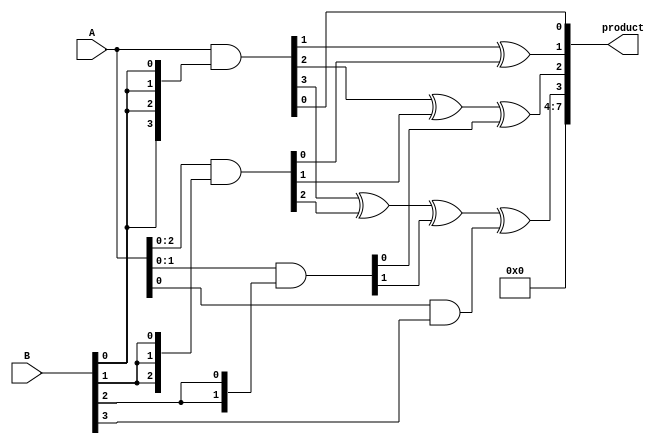
module wallace_tree_multiplier #(parameter N = 4) (
    input [N-1:0] A,
    input [N-1:0] B,
    output reg [2*N-1:0] product
);

    // Partial products generation
    wire [N-1:0] pp [0:N-1]; // Partial products
    genvar i, j;
    generate
        for (i = 0; i < N; i = i + 1) begin : gen_partial_products
            assign pp[i] = A & {N{B[i]}};
        end
    endgenerate

    // Reduction stage: Wallace Tree
    wire [N-1:0] sum [0:N-1]; // Sums from adders
    wire [N-1:0] carry [0:N-1]; // Carries from adders
    wire [N-1:0] level_sum [0:N-1]; // Intermediate sums
    wire [N-1:0] level_carry [0:N-1]; // Intermediate carries

    // Half adder
    function [1:0] half_adder(input a, input b);
        half_adder = {a & b, a ^ b}; // {carry, sum}
    endfunction

    // Full adder
    function [1:0] full_adder(input a, input b, input cin);
        full_adder = {(a & b) | (cin & (a ^ b)), a ^ b ^ cin}; // {carry, sum}
    endfunction

    // Wallace tree reduction
    integer level, j1, j2;
    always @(*) begin
        // Initialize sums and carries
        for (j1 = 0; j1 < N; j1 = j1 + 1) begin
            sum[j1] = 0;
            carry[j1] = 0;
        end

        // First level of reduction
        for (j1 = 0; j1 < N; j1 = j1 + 1) begin
            for (j2 = 0; j2 < N; j2 = j2 + 1) begin
                if (j1 + j2 < N) begin
                    {carry[j1 + j2], sum[j1 + j2]} = full_adder(sum[j1 + j2], pp[j1][j2], carry[j1 + j2]);
                end
            end
        end

        // Further levels of reduction
        for (level = 1; level < N; level = level + 1) begin
            for (j1 = 0; j1 < N; j1 = j1 + 1) begin
                for (j2 = 0; j2 < N; j2 = j2 + 1) begin
                    if (j1 + j2 < N) begin
                        {carry[j1 + j2], sum[j1 + j2]} = full_adder(sum[j1 + j2], carry[j1 + j2], carry[j1 + j2]);
                    end
                end
            end
        end
    end

    // Final addition stage
    always @(*) begin
        product = 0;
        for (j1 = 0; j1 < N; j1 = j1 + 1) begin
            product[j1] = sum[j1];
            product[j1 + N] = carry[j1];
        end
    end

endmodule